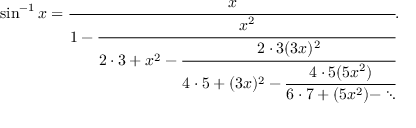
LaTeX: \sin ^ { - 1 } x = { \cfrac { x } { 1 - { \cfrac { x ^ { 2 } } { 2 \cdot 3 + x ^ { 2 } - { \cfrac { 2 \cdot 3 ( 3 x ) ^ { 2 } } { 4 \cdot 5 + ( 3 x ) ^ { 2 } - { \cfrac { 4 \cdot 5 ( 5 x ^ { 2 } ) } { 6 \cdot 7 + ( 5 x ^ { 2 } ) - \ddots } } } } } } } } .